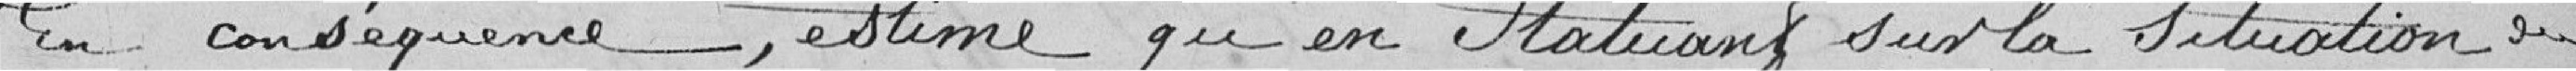
En conséquence, estime qu'en statuant sur la situation du